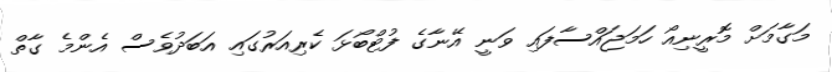
މަގާމަށް މޮރީނިއޯ ހަމަޖައްސާފައި ވަނީ އޭނާގެ ފުޓްބޯޅަ ކެރިއަރުގައި އަބަދުވެސް އެންމެ ގާތް